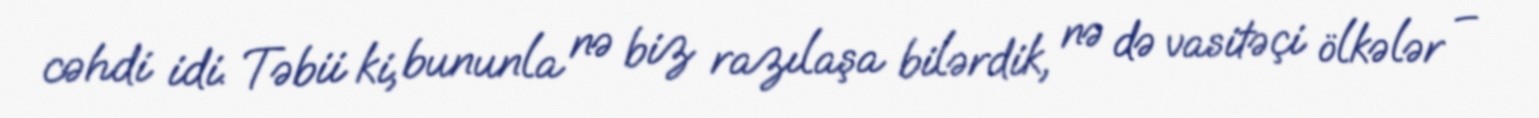
cəhdi idi. Təbii ki, bununla nə biz razılaşa bilərdik, nə də vasitəçi ölkələr –